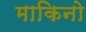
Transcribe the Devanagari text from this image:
माकिनो